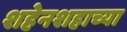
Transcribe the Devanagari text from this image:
शहेनशहाच्या